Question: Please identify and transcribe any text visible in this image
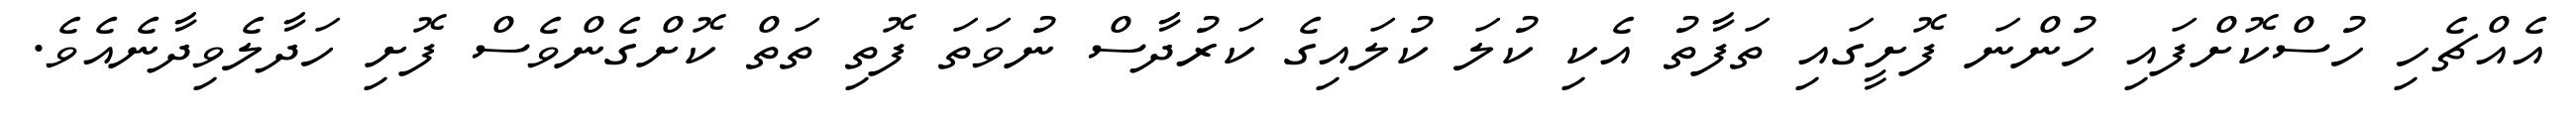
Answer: އެއްޗެހި ހުސްކޮށްފައި ހުންނަ ފޮށީގައި ތަފާތު އެކި ކުލަ ކުލައިގެ ކަރުދާސް ނުވަތަ ފޮތި ތަތް ކޮށްގެންވެސް ފޮށި ހަދާލެވިދާނެއެވެ.